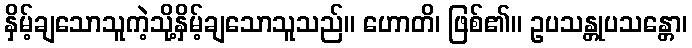
နှိမ့်ချသောသူကဲ့သို့နှိမ့်ချသောသူသည်။ ဟောတိ၊ ဖြစ်၏။ ဥပသန္တုပသန္တော၊